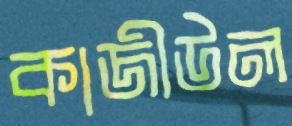
কাজীউল